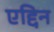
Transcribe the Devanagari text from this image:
एद्दिन